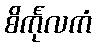
စိင်္ကုလကံ